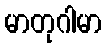
မာတုဂါမာ